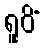
ရူပိံ